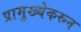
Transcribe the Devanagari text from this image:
प्रामुख्येकरून